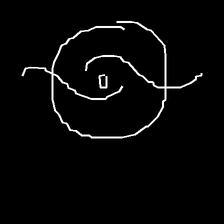
Glyph: repetition